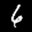
Label: 6